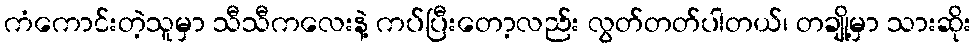
ကံကောင်းတဲ့သူမှာ သီသီကလေးနဲ့ ကပ်ပြီးတော့လည်း လွတ်တတ်ပါတယ်၊ တချို့မှာ သားဆိုး